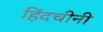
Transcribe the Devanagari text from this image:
हिंदचीनी